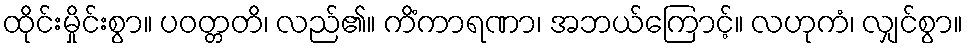
ထိုင်းမှိုင်းစွာ။ ပဝတ္တတိ၊ လည်၏။ ကိံကာရဏာ၊ အဘယ်ကြောင့်။ လဟုကံ၊ လျှင်စွာ။